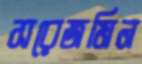
সরেজমিন